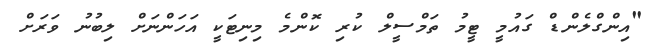
"އިންގްލެންޑް ގައުމީ ޓީމު ތަމްސީލް ކުރި ކޮންމެ މިނިޓަކީ އަހަންނަށް ލިބުނު ވަރަށް